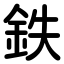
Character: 鉄